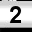
Digit: 2